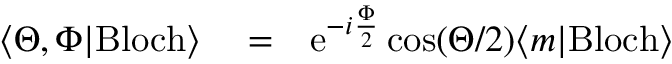
\begin{array} { r l r } { \langle \Theta , \Phi | \mathrm { B l o c h } \rangle } & { { } = } & { \mathrm { e } ^ { - i \frac { \Phi } { 2 } } \cos ( \Theta / 2 ) \langle m | \mathrm { B l o c h } \rangle } \end{array}